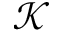
\mathcal { K }